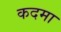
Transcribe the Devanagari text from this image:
कदमा